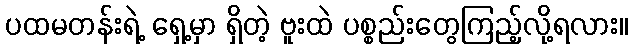
ပထမတန်းရဲ့ ရှေ့မှာ ရှိတဲ့ ဗူးထဲ ပစ္စည်းတွေကြည့်လို့ရလား။